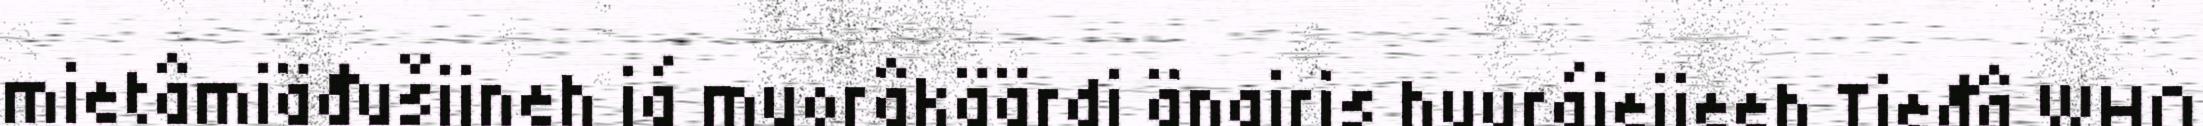
mietâmiäđušijneh já muorâkäärdi äŋgiris huurájeijeeh Tieđâ WHO